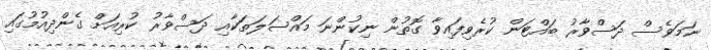
ނަމަވެސް ދަސްވާރު ބައްޓަން ކުރެވިފައިވާ ގޮތުން ނިކުންނަ މައްސަލަތަކާއި ދަސްވާރު ކުރިއަށް ގެންދިއުމުގައި